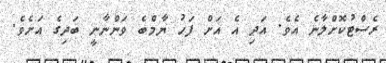
ރެސްޓުކޮށްލާނެ އެވެ. އަދި އެ އަށް ފަހު ޔާމްބެ ވަންނާނީ ބަދިގެ އަށެވެ.